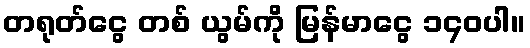
တရုတ်ငွေ တစ် ယွမ်ကို မြန်မာငွေ ၁၄၀ပါ။